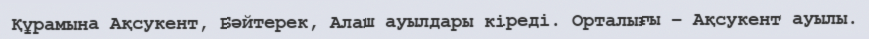
Құрамына Ақсукент, Бәйтерек, Алаш ауылдары кіреді. Орталығы – Ақсукент ауылы.